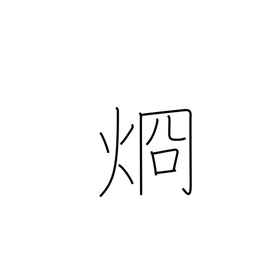
Meaning: clear